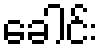
ခေါင်း